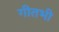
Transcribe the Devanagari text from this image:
गीतभी